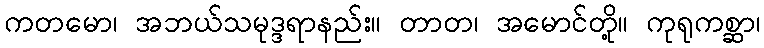
ကတမော၊ အဘယ်သမုဒ္ဒရာနည်း။ တာတ၊ အမောင်တို့။ ကုရုကစ္ဆာ၊